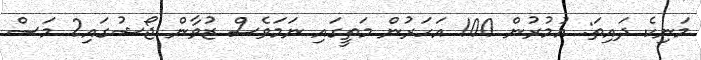
މަނިކެ ދައިތަ: އުމުރުން 100 އަހަރުން މަތީގައި ނަމަވެސް ޒުވާން ޖޯޝުގައި2 މަސް